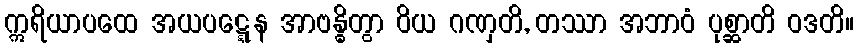
ဣရိယာပထေ အယပဋ္ဋေန အာဗန္ဓိတွာ ဝိယ ဂဏှတိ, တဿာ အဘာဝံ ပုစ္ဆာတိ ဝဒတိ။